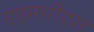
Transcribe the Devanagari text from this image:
एएमपीएस